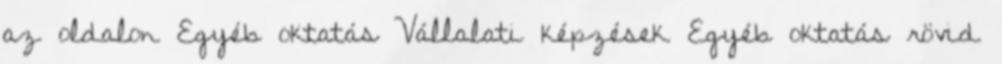
az oldalon Egyéb oktatás Vállalati képzések Egyéb oktatás rövid